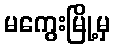
မကွေးမြို့မှ